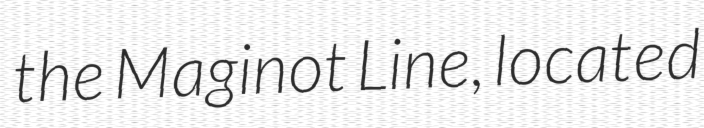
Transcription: the Maginot Line, located